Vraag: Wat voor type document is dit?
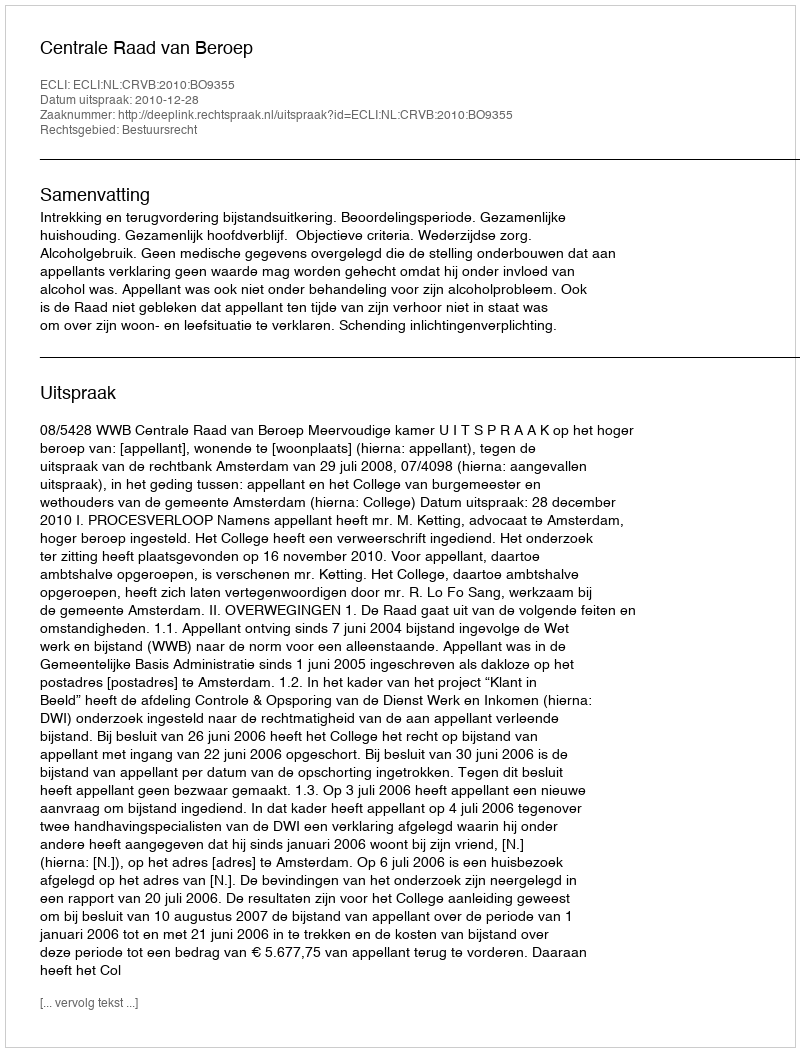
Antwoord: Uitspraak